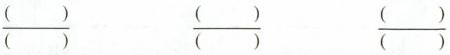
\frac{()}{()} \frac{()}{()} \frac{()}{()}